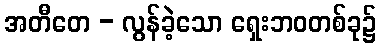
အတီတေ - လွန်ခဲ့သော ရှေးဘဝတစ်ခု၌